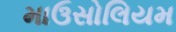
માઉસોલિયમ